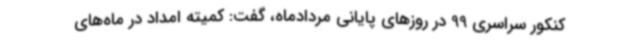
کنکور سراسری 99 در روزهای پایانی مردادماه، گفت: کمیته امداد در ماه‌های